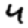
Digit: 4